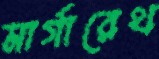
মার্গারেথ